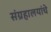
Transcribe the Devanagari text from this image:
संग्रहालयांचे